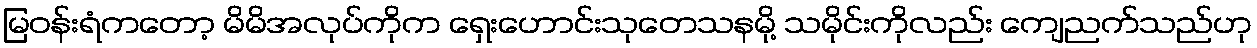
မြဝန်းရံကတော့ မိမိအလုပ်ကိုက ရှေးဟောင်းသုတေသနမို့ သမိုင်းကိုလည်း ကျေညက်သည်ဟု